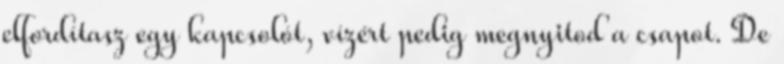
elfordítasz egy kapcsolót, vízért pedig megnyitod a csapot. De